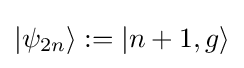
|\psi _{2n}\rangle :=|n+1,g\rangle